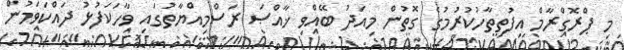
މި ޕްރޮގްރާމް އިފުތިތާހުކުރުމުގެ ގޮތުން މިއަދު ބޭއްވި ޚާއްޞަ ރަސްމިއްޔާތުގައި ވާހަކަފުޅު ދައްކަވަމުން